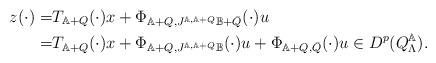
LaTeX: \begin{align*} z(\cdot)=&T_{\mathbb{A}+Q}(\cdot)x+\Phi_{\mathbb{A}+Q,J^{\mathbb{A},\mathbb{A}+Q}\mathbb{B}+\bar{Q}}(\cdot)u\\=&T_{\mathbb{A}+Q}(\cdot)x+\Phi_{\mathbb{A}+Q,J^{\mathbb{A},\mathbb{A}+Q}\mathbb{B}}(\cdot)u+\Phi_{\mathbb{A}+Q,\bar{Q}}(\cdot)u\in D^p(Q^\mathbb{A}_\Lambda).\end{align*}